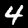
Label: 4